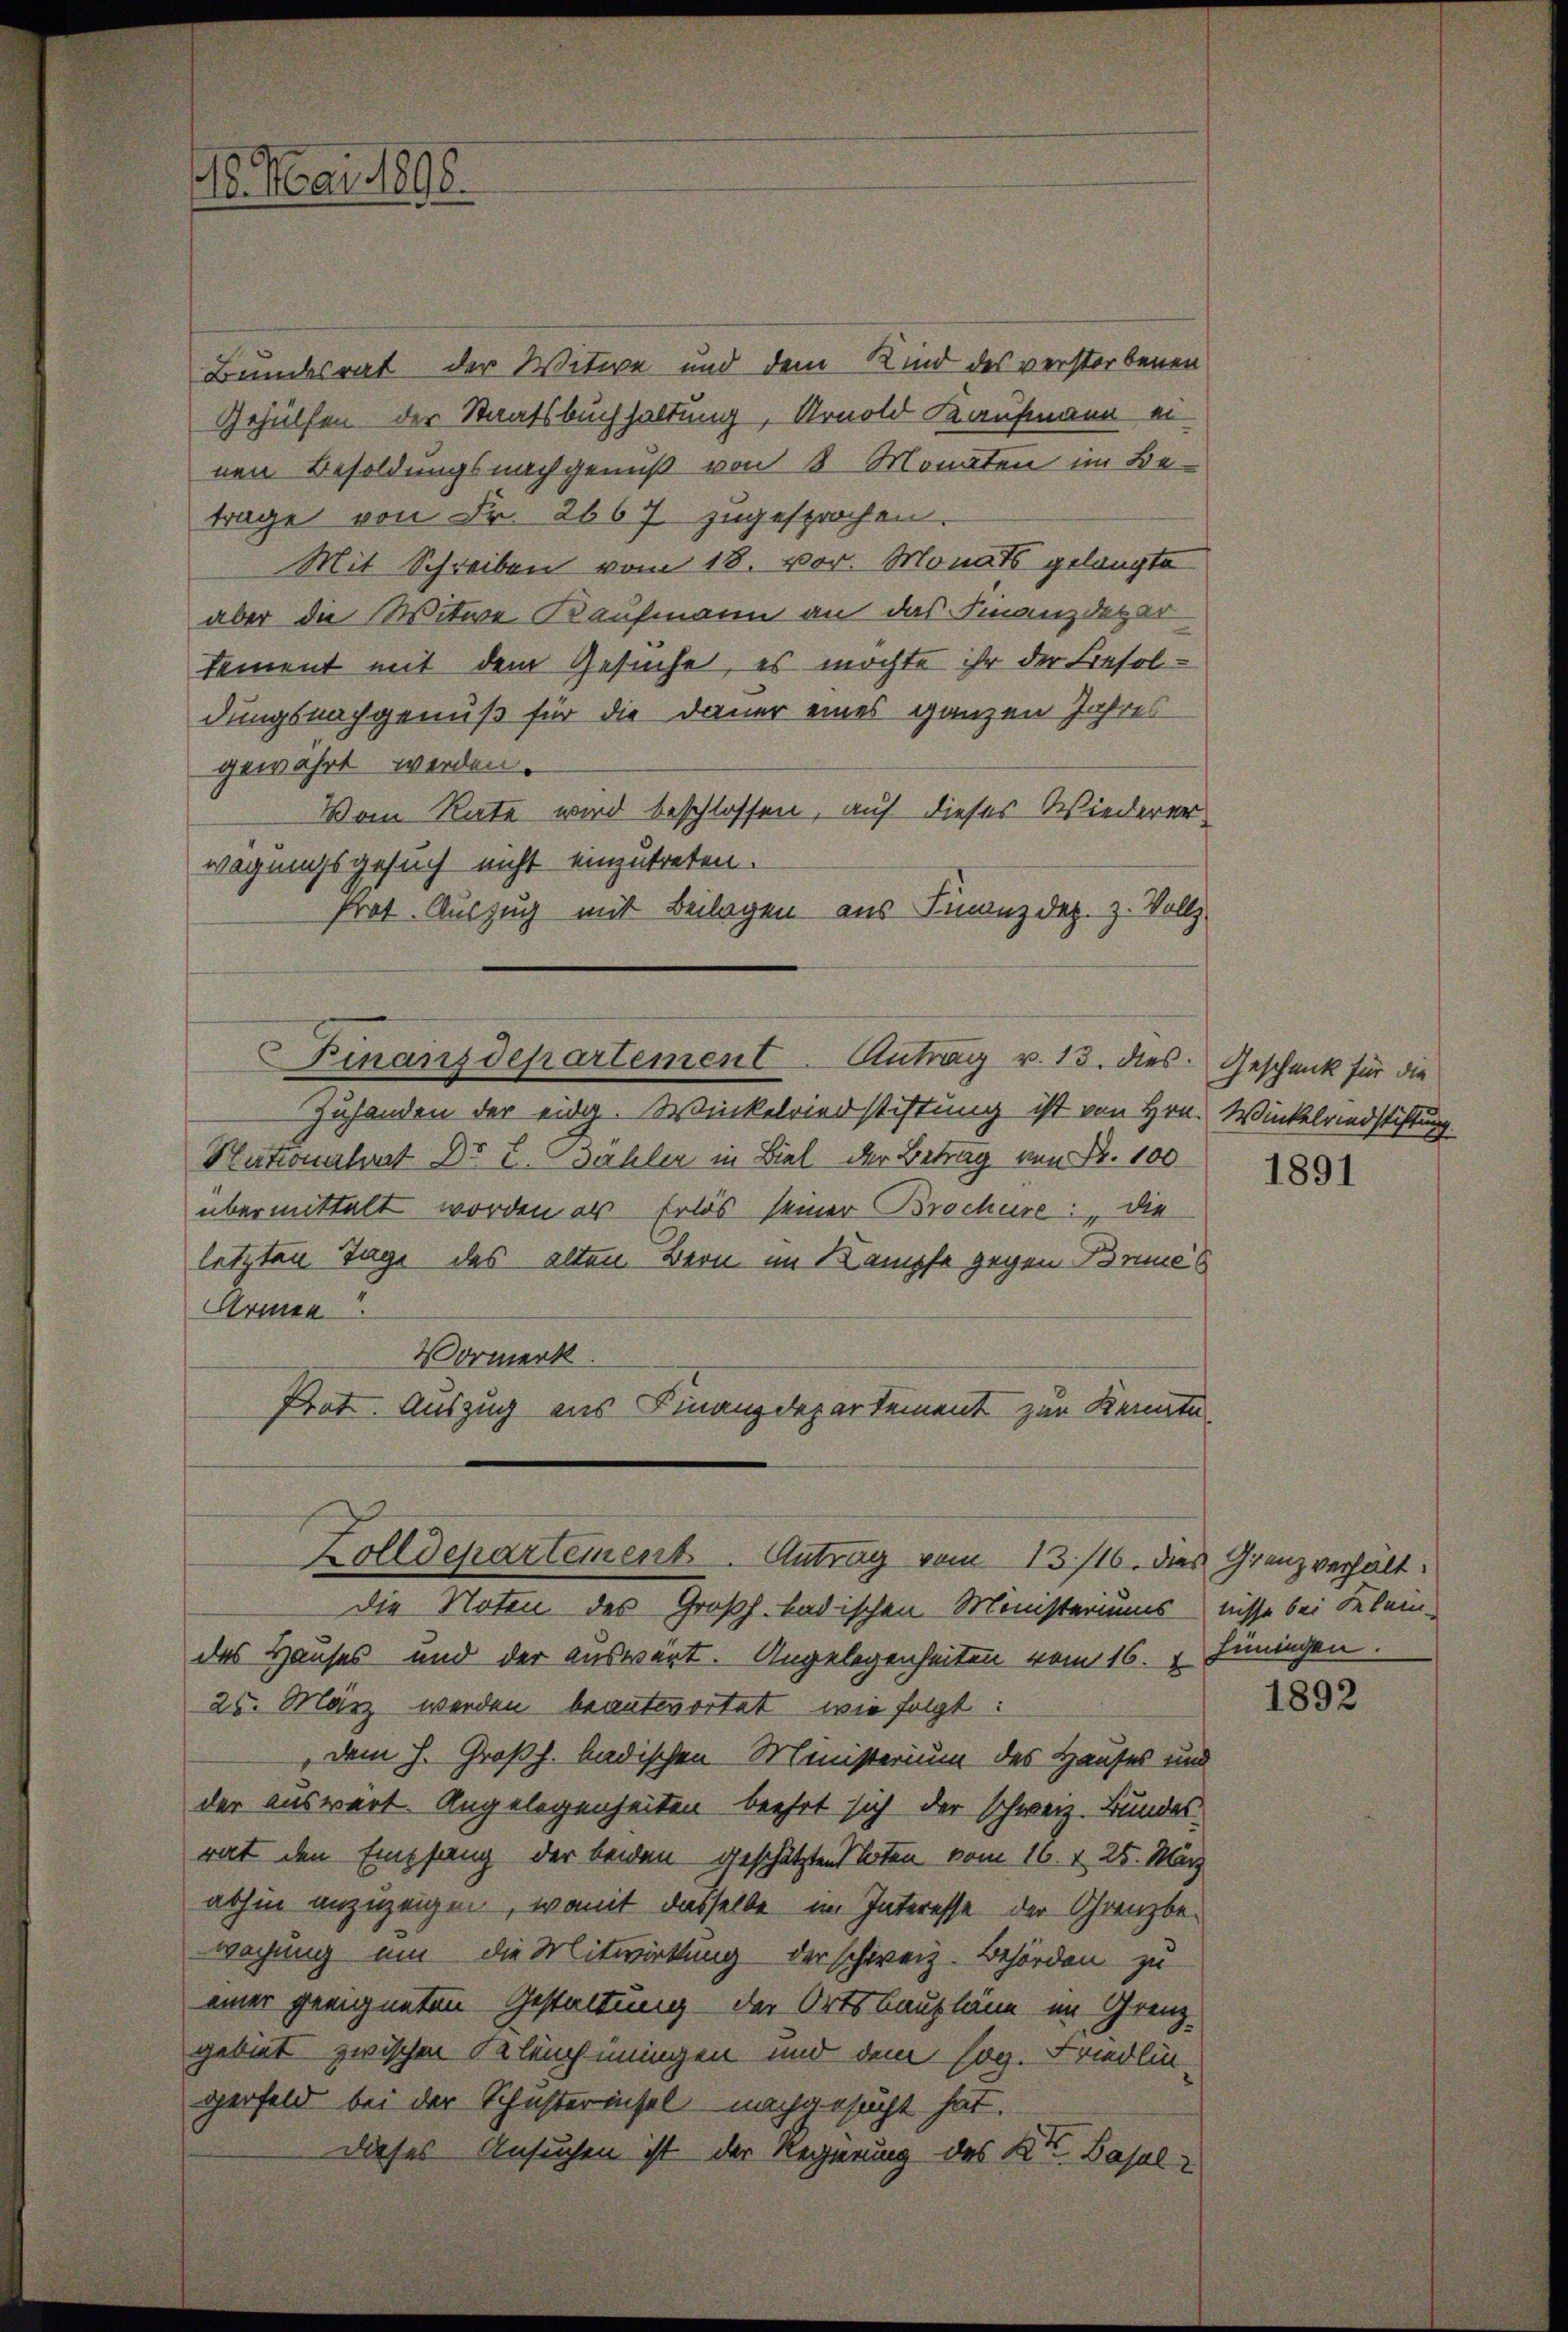
16. Mai 1890.

Bundesrat der Witwe und dem Kind des verstorbenen
Gehülfen der Staatsbuchhaltung, Arnold Kaufmann einen Besoldungsnachgenuß von 8 Monaten im Be-
trage von Fr. 2667 zugesprochen.
Mit Schreiben vom 18. vor. Monats gelangte
aber die Witwe Kaufmann an das Finanzdepar
tement mit dem Gesuche, es möchte ihr der Besoldungsnachgenuß für die Dauer eines ganzen Jahres
gewährt werden.
Vom Rate wird beschlossen, auf dieses Wiedererwegungsgesuch nicht einzutreten.
Prot. Auszug mit Beilagen aus Finanzdez. z. Vollz
Zuhanden der eidg. Winkelriedstiftung ist von Hrn. Winkelriedstiftung.
Nationalrat Dr E. Bähler in Biel der Betrag von Fr. 100
übermittalt worden als Erlös seiner Brochüre: Die
letzten Tage des alten Bern im Kampfe gegen Brunes
Armen
Vormerk.
Prat. Auszug aus Finanzdepartement zur Kenntn
Zolldepartement. Antrag vom 13./16. dies Grenzverhält:
die Noten des Großh. badischen Ministeriums nisse bei Klein-
des Hauses und der Auswert. Angelegenheiten vom 16. v. Hüningen.
25. März werden beantwortet, wie folgt:
dem h. Großh. badischen Ministerium des Hauses und
der auswärt. Angelegenheiten beehrt sich der schweiz. Bundes
rat den Empfang der beiden geschätzten Kloten vom 16. v. 25. März
abhin anzuzeigen, womit dasselbe im Interesse der Grenzbewachung um die Mitwirkung der schweiz. Behörden zu
einer geeigneten Gestaltung der Ortsbaupläne im Grenzgebiet zwischen Keleuchiningen und dem sog. Friedlin-
gerfeld bei der Schusterinsel nachgesucht hat.
Dieses Ansuchen ist der Regierung des Kt. Basel-

Finanzdepartement Antrag v. 13. dies. Geschenk für die

1891

1892